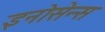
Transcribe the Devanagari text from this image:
इनोसेन्स